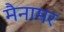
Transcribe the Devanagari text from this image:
मैनामर